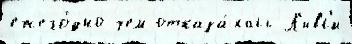
ежего́дно чем отказа́лась Л'ивс'и